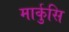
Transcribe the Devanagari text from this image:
मार्कुसि